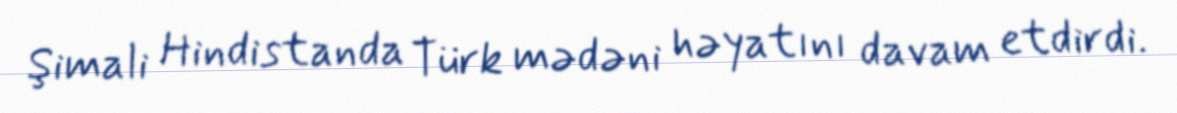
Şimali Hindistanda Türk mədəni həyatını davam etdirdi.